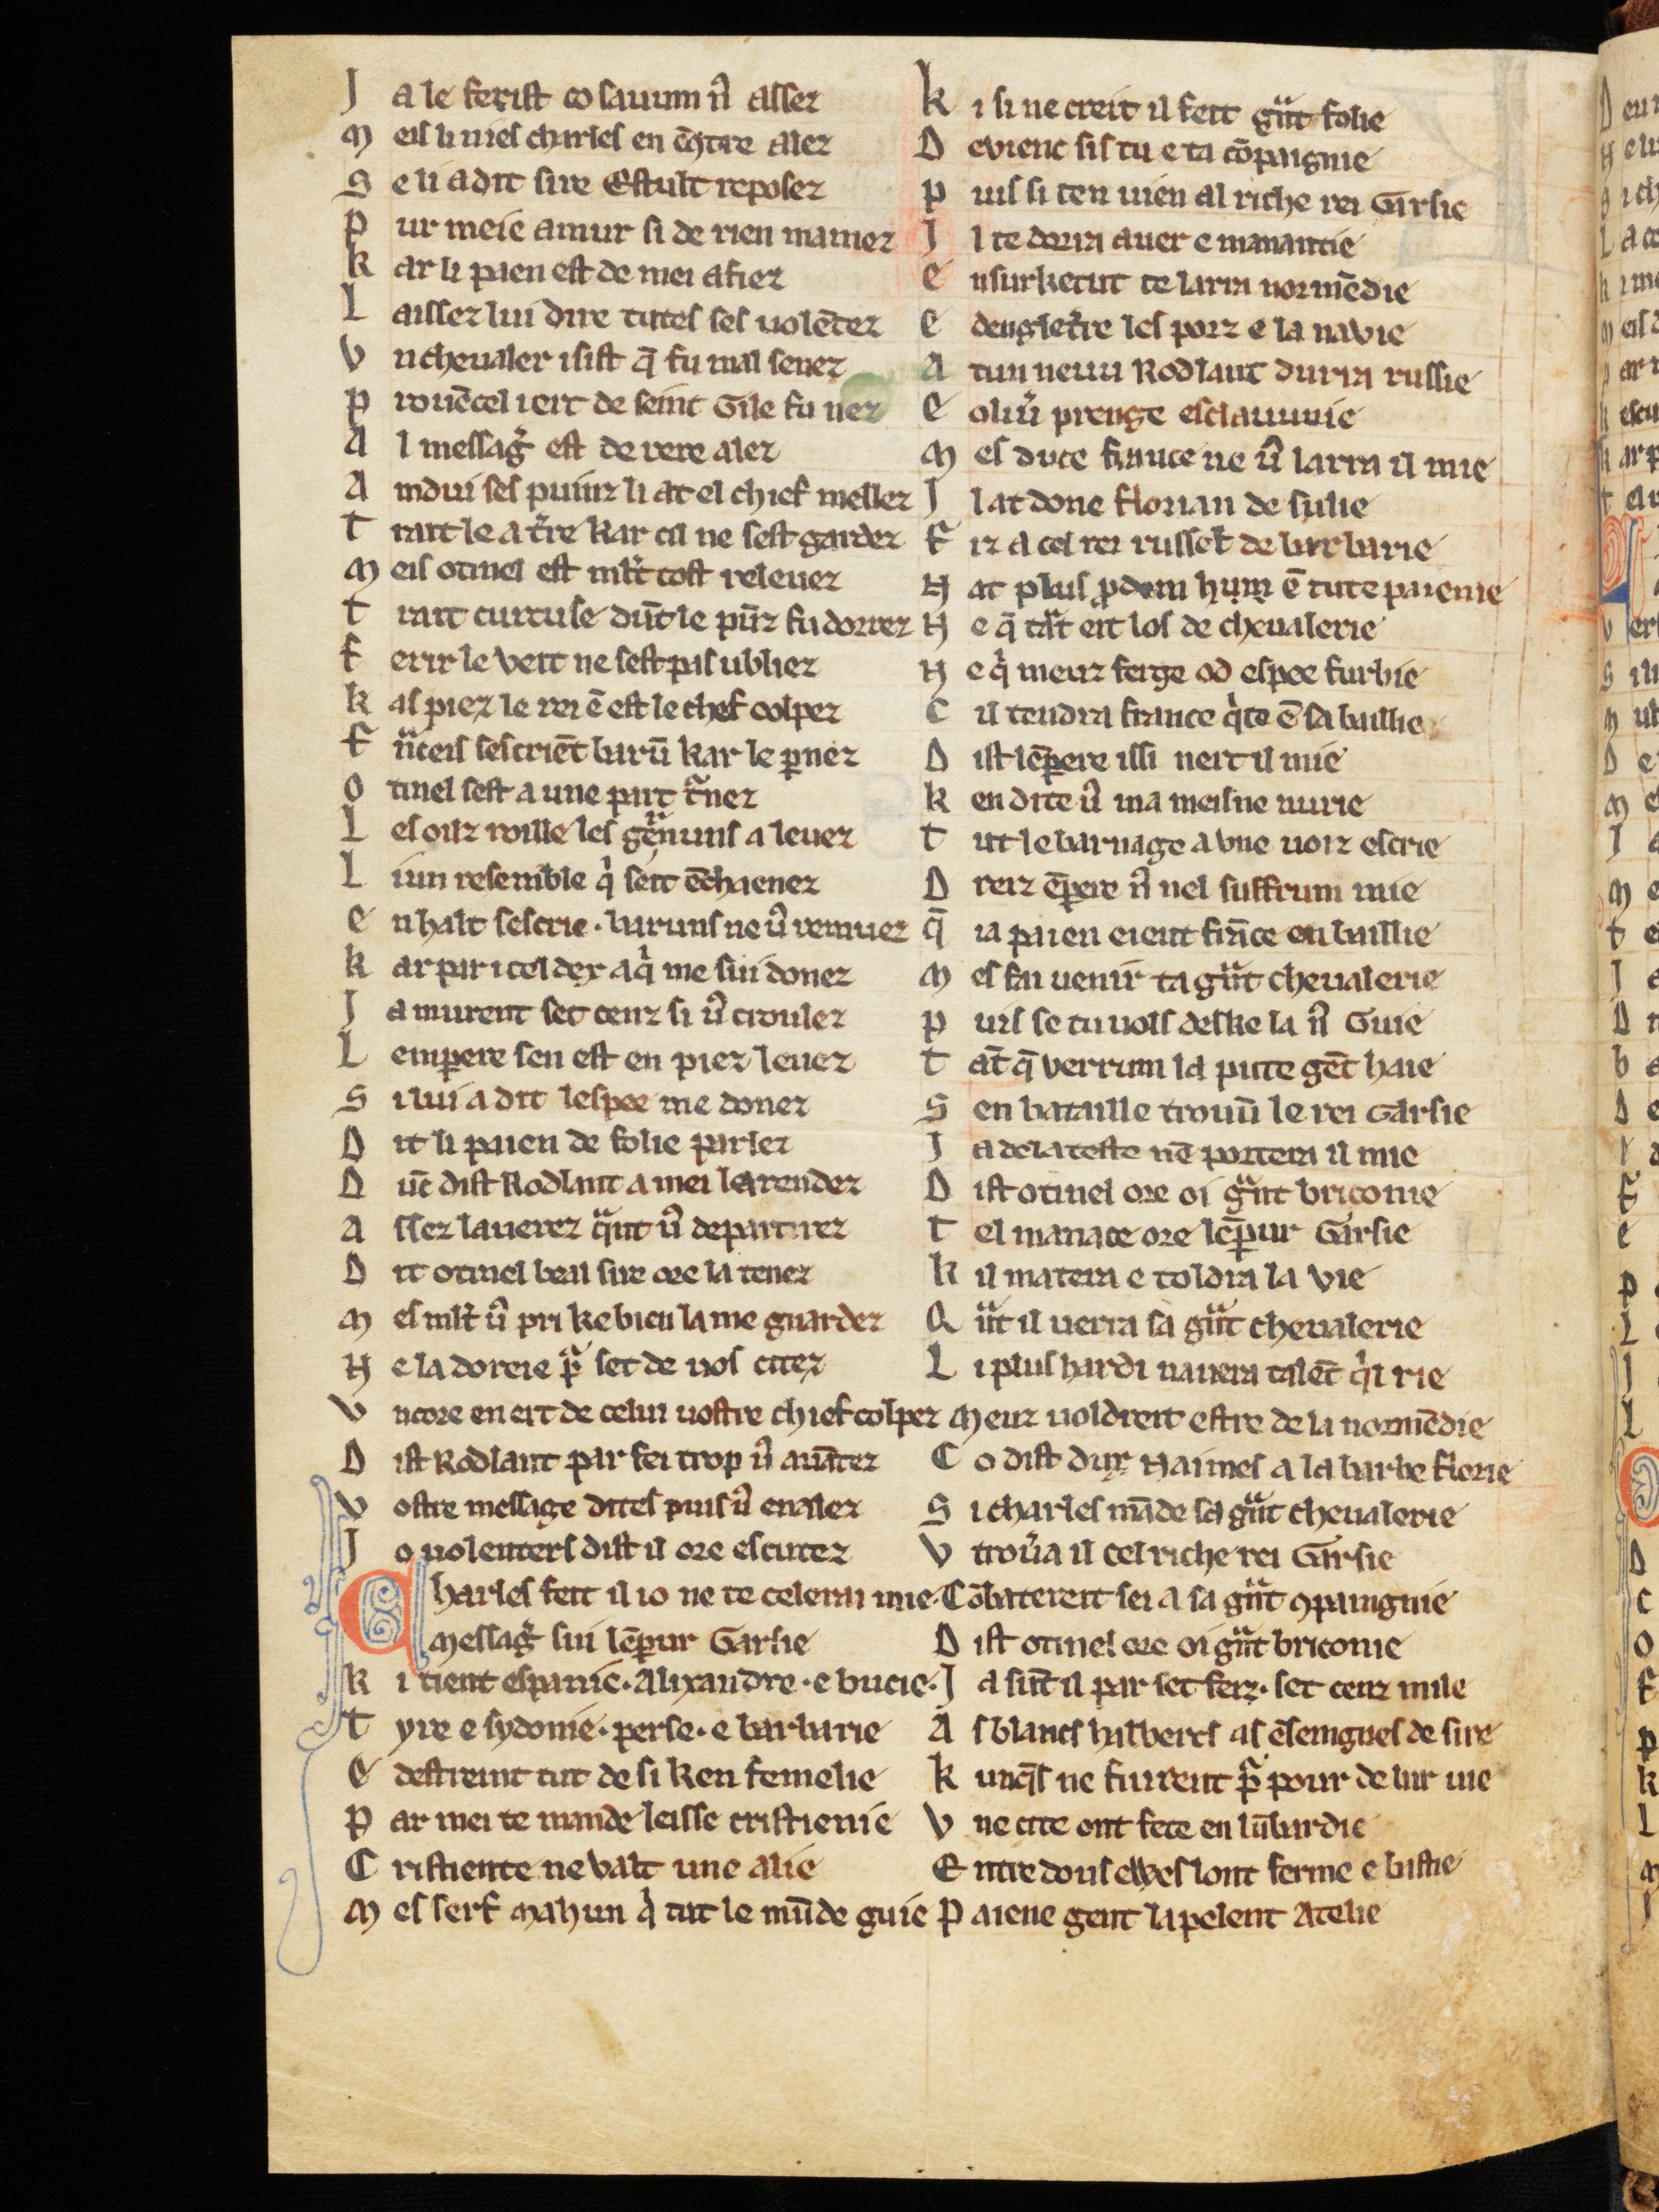
Shelfmark: Cologne, Bodmer, 168
Century: 13